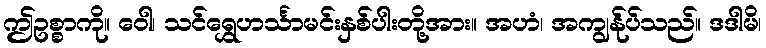
ဤဥစ္စာကို။ ဝေါ၊ သင်ရွှေဟင်္သာမင်းနှစ်ပါးတို့အား။ အဟံ၊ အကျွန်ုပ်သည်။ ဒဒါမိ၊